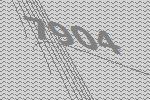
7904